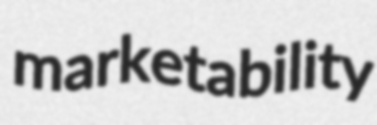
marketability